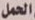
الحمل